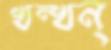
খন্‌খন্‌